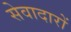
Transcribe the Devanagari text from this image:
सेवादारों